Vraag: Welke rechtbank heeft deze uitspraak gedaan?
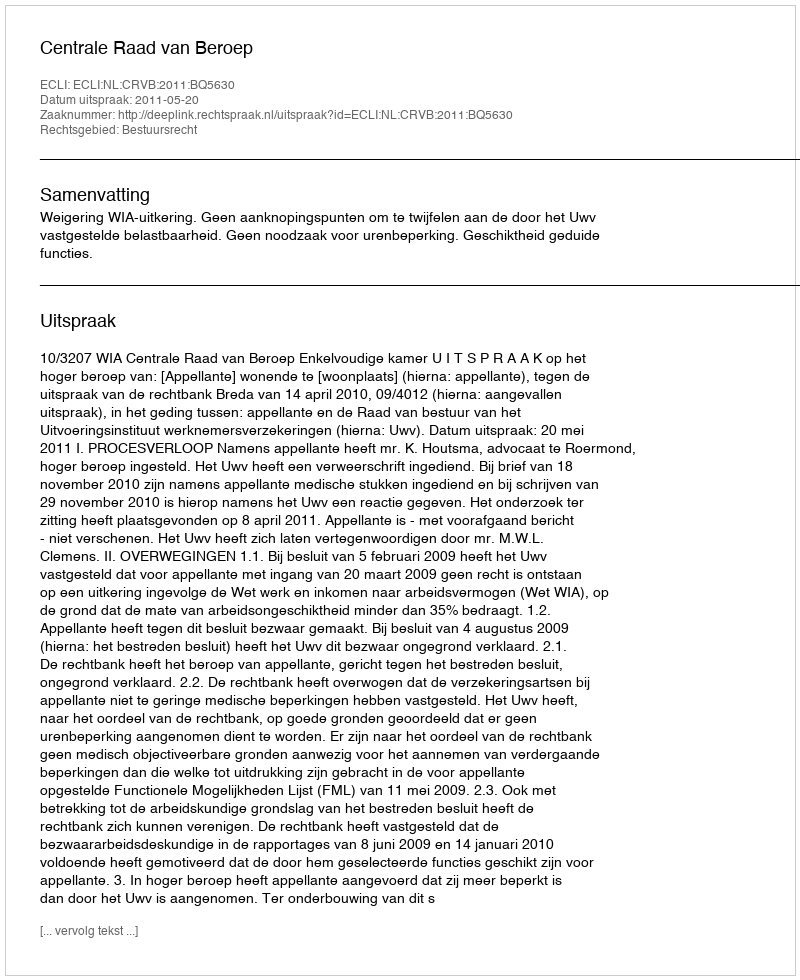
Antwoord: Centrale Raad van Beroep